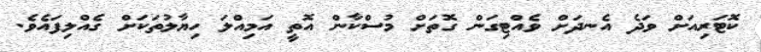
ކޮޓަރިއަށް ވަދެ އެނދަށް ވެއްޓިގަން ގޮތަށް މުސްކާން އޮތީ އަމިއްލަ ހިޔާލުތަކަށް ގެއްލިފައެވެ.